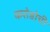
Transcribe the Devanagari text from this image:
करोडोची